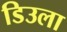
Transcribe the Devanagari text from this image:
डिउला